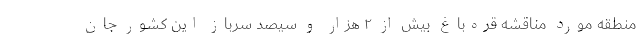
منطقه مورد مناقشه قره‌باغ بیش از ۲ هزار و سیصد سرباز این کشور جان